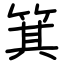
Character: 箕